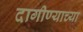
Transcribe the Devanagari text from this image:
दागीण्याच्या